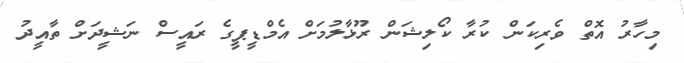
މިހާރު އޮތް ވެރިކަން ކުރާ ކޯލިޝަން ރޫޅާލުމަށް އެމްޑީޕީގެ ރައީސް ނަޝީދަށް ތާއީދު